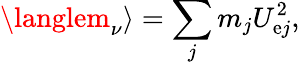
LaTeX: \langlem_{\nu}\rangle=\sum_{j}m_{j}U_{\mathrm{e}j}^{2},